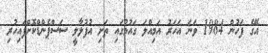
އޭގެ ފަހުން 1984 ވަނަ އަހަރު އަމިއްލަ ގައުމުގައި ތަށި އުފުލާލީ ސަސްޕެންޑްކޮށްފައިހުރި